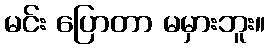
မင်း ပြောတာ မမှားဘူး။